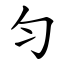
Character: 匀